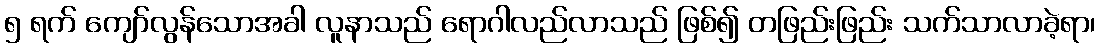
၅ ရက် ကျော်လွန်သောအခါ လူနာသည် ရောဂါလည်လာသည် ဖြစ်၍ တဖြည်းဖြည်း သက်သာလာခဲ့ရာ၊